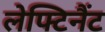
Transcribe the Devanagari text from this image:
लेफ्टिनैंट